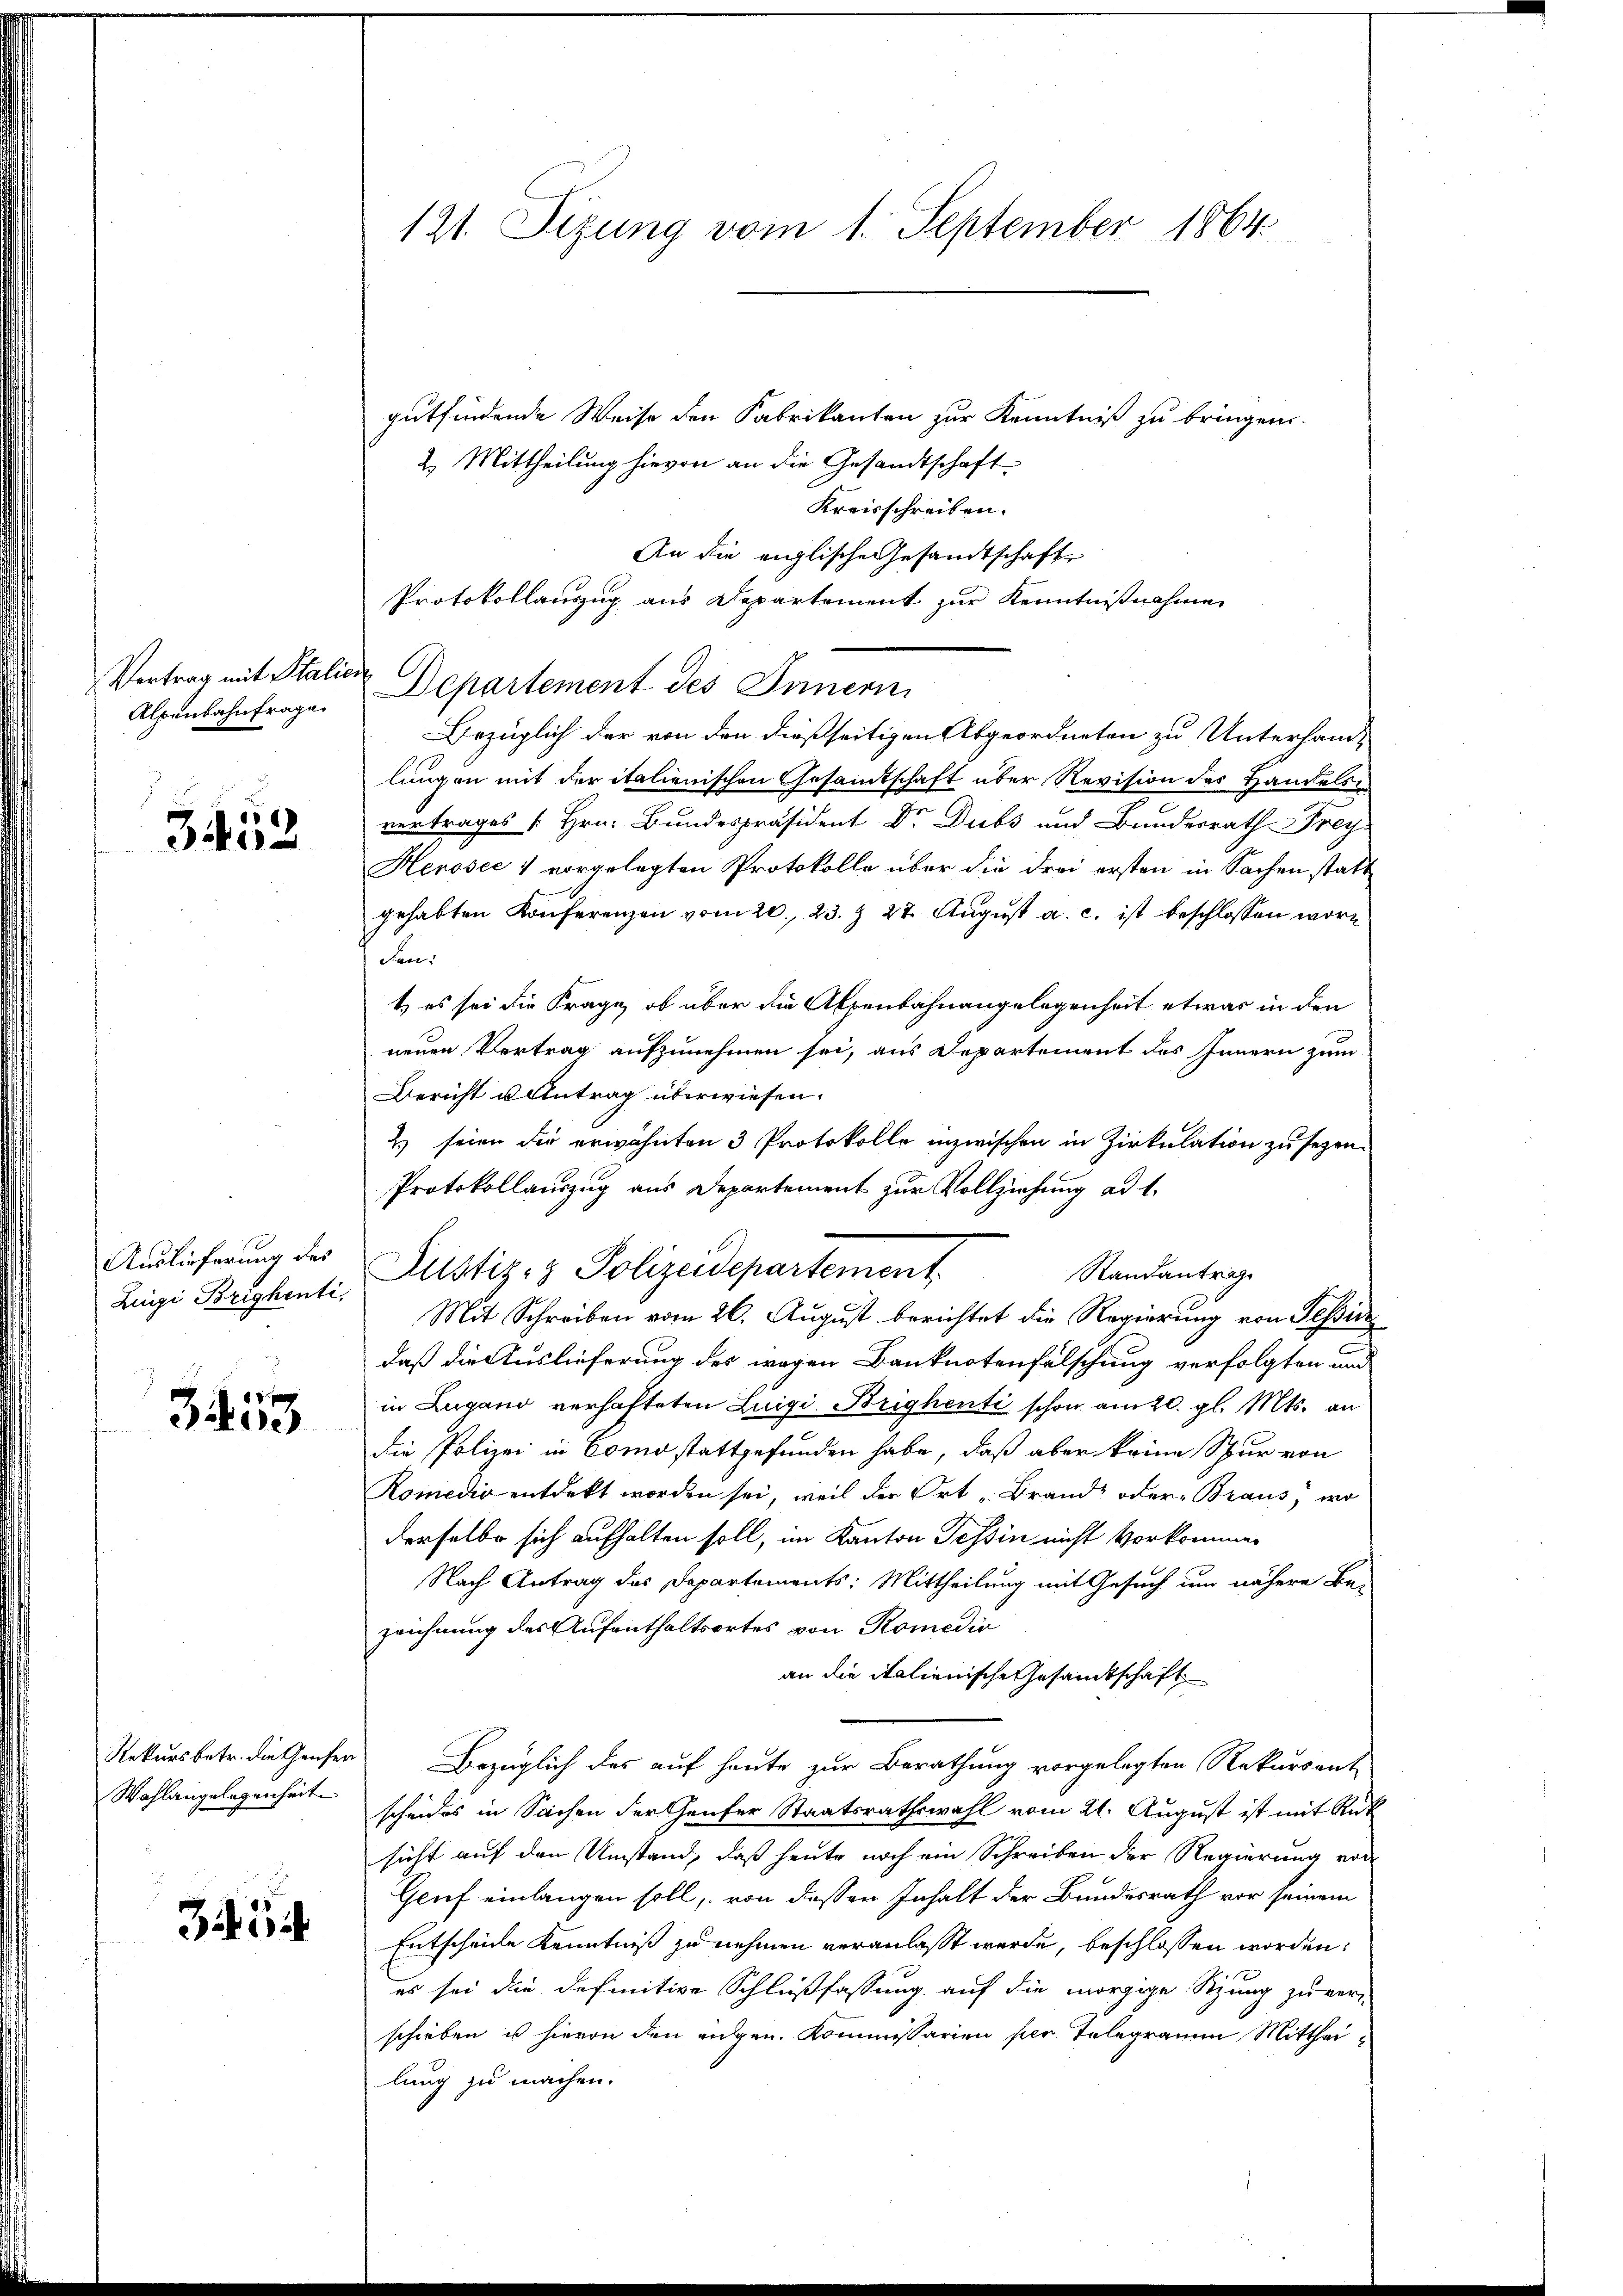
Vertrag mit Stalie
Alpenbahnfrage

6
340.

Auslieferung des
Zingi Brighenti,

¬
3iue

Rekursbetr. die Genfer
Wahlangelegenheit

3454

121. Sizung vom 1. September 1864

¬

gutfindende Weise den Fabrikanten zur Kenntniß zu bringen
2. Mittheilung hievon an die Gesandtschaft
Kreisschreiben.
An die englische Gesandtschaft
Protokollauszug aus Departement zur Kenntnißnahme
Departement des Sinnern
Bezüglich der von den dießseitigen Abgeordneten zu Unterhand-
lungen mit der italienischen Gesandtschaft über Revision des Handels
vertrages [Hrn. Bundespräsident Dr. Dubs und Bundesrath Frey
Herosec 1 vorgelegten Protokolle über die drei ersten in Sachen statt
gehabten Konferenzen vom 20. 23. Z. 27. August a. c. ist beschlossen wor¬
Fan:
1) es sei die Frage, ob über die Alpenbahnangelegenheit etwas in den
neuen Vertrag aufzunehmen sei, aus Departement des Innern zum
Bericht u Antrag überwiesen.
Es seien die erwähnten 3 Protokolle inzwischen in Zirkulation zu sezen.
Protokollauszug aus Departement zur Vollziehung ad 1.
Standantrage
Mit Schreiben vom 26. August berichtet die Regierung von Tessin
daß die Auslieferung des wegen Banknotenfälschung verfolgten um
in Lugano verhafteten Luigi Brighenti schon am 20. gl. Mts. an
die Polizei in Como stattgefunden habe, daß aber keine Spur von
Komedio entdekt worden sei, weil der Ort „Brand, oder Braus, wo
derselbe sich aufhalten soll, im Kanton Tessin nicht vorkommen
Nach Antrag des Departements: Mittheilung mit Gesuch um nähere Be-
zeichnung des Aufenthaltsortes von Romedio
an die italienische Gesamtschaft
Bezüglich des auf heute zur Berathung vorgelegten Rekursent
scheides in Sachen der Genfer Staatsrathswahl vom 21. August ist mit Rük
sicht auf den Umstand, daß heute noch ein Schreiben der Regierung von
Geuf einlangen soll, von dessen Inhalt der Bundesrath vor seinem
Entscheide Kenntniß zu nehmen veranlasst werde, beschlossen worden:
es sei die definitive Schlußfassung auf die morgige Sitzung zu ver-
schieben ist hievon den eidgen. Kommissarien per Telegramm Mittheilung zu machen.

Justiz- & Polizeidepartement